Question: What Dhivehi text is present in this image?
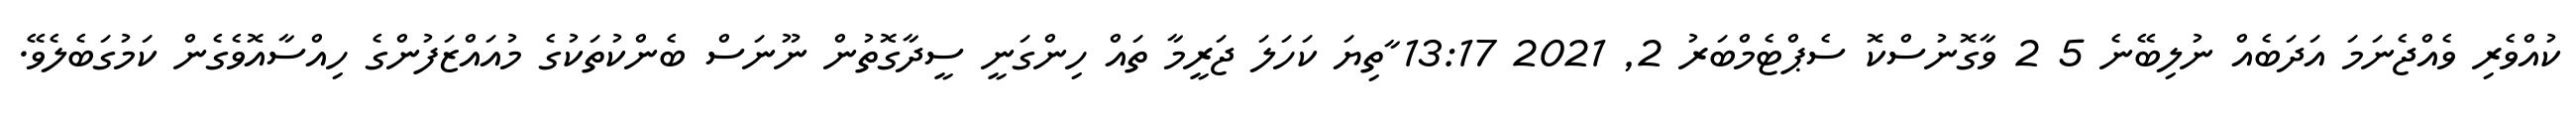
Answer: ކުއްވެރި ވެއްޖެނަމަ އަދަބެއް ނުލިބޭނެ 5 2 ވާގޮނުސްކޮ ސެޕްޓެމްބަރު 2, 2021 13:17 ާތިޔަ ކަހަލަ ޖަރީމާ ތައް ހިންގަނީ ސީދާގޮތުން ނޫނަސް ބެންކުތަކުގެ މުއައްޒަފުންގެ ހިއްސާއޮވެގެން ކަމުގަބެލެވޭ.